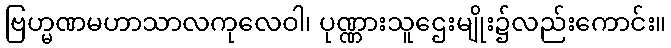
ဗြဟ္မဏမဟာသာလကုလေဝါ၊ ပုဏ္ဏားသူဌေးမျိုး၌လည်းကောင်း။